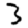
Digit: 3